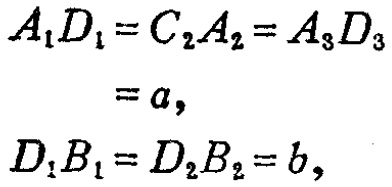
\[
\begin{align*}
A_{1}D_{1}&=C_{2}A_{2}=A_{3}D_{3}\\
&=a,\\
D_{1}B_{1}&=D_{2}B_{2}=b,
\end{align*}
\]